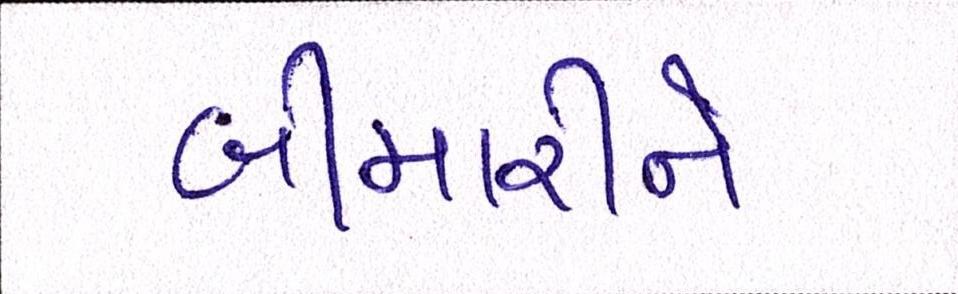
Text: બીમારીને